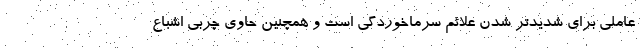
عاملی برای شدیدتر شدن علائم سرماخوردگی است و همچنین حاوی چربی اشباع